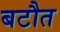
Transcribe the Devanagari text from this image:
बटौत